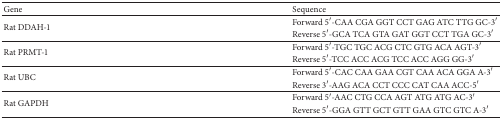
| Gene | Sequence |
 | --- | --- |
 | <ROWSPAN=2> Rat DDAH-1 | Forward 5′-CAA CGA GGT CCT GAG ATC TTG GC-3′ |
 | Reverse 5′-GCA TCA GTA GAT GGT CCT TGA GC-3′ |
 | <ROWSPAN=2> Rat PRMT-1 | Forward 5′-TGC TGC ACG CTC GTG ACA AGT-3′ |
 | Reverse 5′-TCC ACC ACG TCC ACC AGG GG-3′ |
 | <ROWSPAN=2> Rat UBC | Forward 5′-CAC CAA GAA CGT CAA ACA GGA A-3′ |
 | Reverse 3′-AAG ACA CCT CCC CAT CAA ACC-5′ |
 | <ROWSPAN=2> Rat GAPDH | Forward 5′-AAC CTG CCA AGT ATG ATG AC-3′ |
 | Reverse 5′-GGA GTT GCT GTT GAA GTC GTC A-3′ |